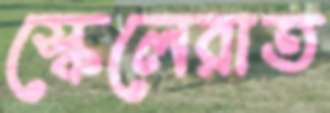
স্কেলেরাত